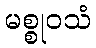
မစ္စုဝသံ